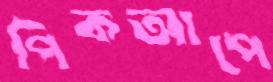
পিকআপে